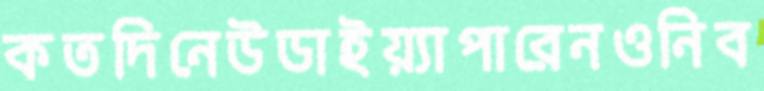
কতদিনেউডাইয়্যাপারেনওনিব